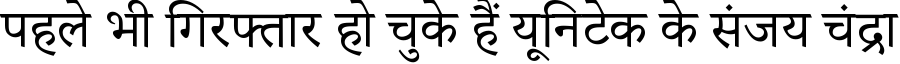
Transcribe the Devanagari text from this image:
पहले भी गिरफ्तार हो चुके हैं यूनिटेक के संजय चंद्रा